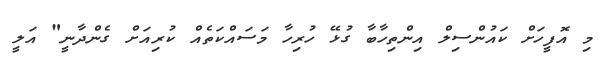
މި އޮފީހަށް ކައުންސިލް އިންތިހާބާ ގުޅޭ ހުރިހާ މަސައްކަތެއް ކުރިއަށް ގެންދާނީ" އަލީ